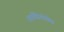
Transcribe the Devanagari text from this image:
आर्चडियोसेस